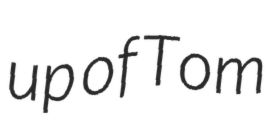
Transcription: up of Tom